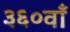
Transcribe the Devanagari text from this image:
३६०वाँ